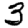
Digit: 3